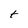
Character: t